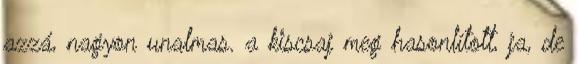
azzá, nagyon unalmas. a kiscsaj meg hasonlított, ja, de